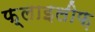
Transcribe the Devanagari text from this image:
फ़्लाइलीफ़